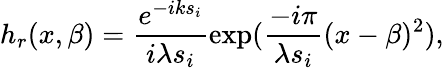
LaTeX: h_{r}(x,\beta)=\frac{e^{-iks_{i}}}{i\lambda s_{i}}\exp(\frac{-i\pi}{\lambda s_{i}}(x-\beta)^{2}),